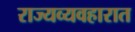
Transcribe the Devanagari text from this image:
राज्यव्यवहारात